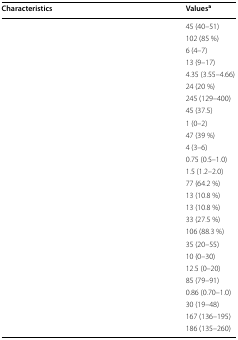
<table><thead><tr><td><b>Characteristics</b></td><td><b>Values<sup>a</sup></b></td></tr></thead><tbody><tr><td>[EMPTY_CELL]</td><td>45 (40–51)</td></tr><tr><td>[EMPTY_CELL]</td><td>102 (85 %)</td></tr><tr><td>[EMPTY_CELL]</td><td>6 (4–7)</td></tr><tr><td>[EMPTY_CELL]</td><td>13 (9–17)</td></tr><tr><td>[EMPTY_CELL]</td><td>4.35 (3.55–4.66)</td></tr><tr><td>[EMPTY_CELL]</td><td>24 (20 %)</td></tr><tr><td>[EMPTY_CELL]</td><td>245 (129–400)</td></tr><tr><td>[EMPTY_CELL]</td><td>45 (37.5)</td></tr><tr><td>[EMPTY_CELL]</td><td>1 (0–2)</td></tr><tr><td>[EMPTY_CELL]</td><td>47 (39 %)</td></tr><tr><td>[EMPTY_CELL]</td><td>4 (3–6)</td></tr><tr><td>[EMPTY_CELL]</td><td>0.75 (0.5–1.0)</td></tr><tr><td>[EMPTY_CELL]</td><td>1.5 (1.2–2.0)</td></tr><tr><td>[EMPTY_CELL]</td><td>77 (64.2 %)</td></tr><tr><td>[EMPTY_CELL]</td><td>13 (10.8 %)</td></tr><tr><td>[EMPTY_CELL]</td><td>13 (10.8 %)</td></tr><tr><td>[EMPTY_CELL]</td><td>33 (27.5 %)</td></tr><tr><td>[EMPTY_CELL]</td><td>106 (88.3 %)</td></tr><tr><td>[EMPTY_CELL]</td><td>35 (20–55)</td></tr><tr><td>[EMPTY_CELL]</td><td>10 (0–30)</td></tr><tr><td>[EMPTY_CELL]</td><td>12.5 (0–20)</td></tr><tr><td>[EMPTY_CELL]</td><td>85 (79–91)</td></tr><tr><td>[EMPTY_CELL]</td><td>0.86 (0.70–1.0)</td></tr><tr><td>[EMPTY_CELL]</td><td>30 (19–48)</td></tr><tr><td>[EMPTY_CELL]</td><td>167 (136–195)</td></tr><tr><td>[EMPTY_CELL]</td><td>186 (135–260)</td></tr></tbody></table>